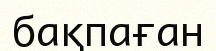
бақпаған